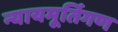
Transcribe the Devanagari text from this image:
न्यायमूर्तिगण